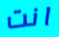
انت